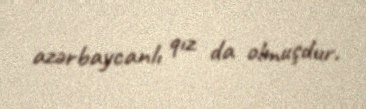
azərbaycanlı qız da olmuşdur.